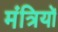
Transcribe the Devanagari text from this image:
मंत्रियोँ